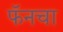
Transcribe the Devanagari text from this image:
फॅनचा